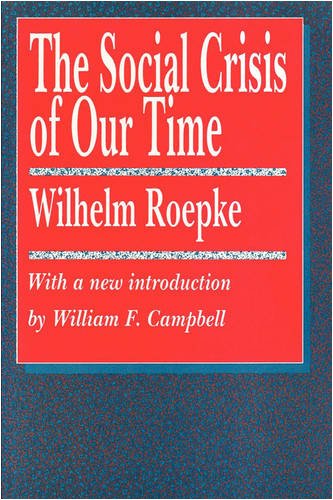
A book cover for The Social Crisis of Our Time (Library of Conservative Thought); Wilhelm Roepke; Medical Books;